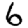
Digit: 6